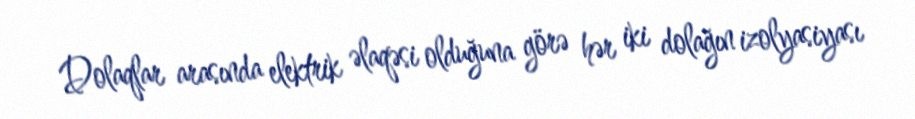
Dolaqlar arasında elektrik əlaqəsi olduğuna görə hər iki dolağın izolyasiyası